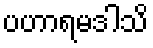
ပဟာရမဒါသိ